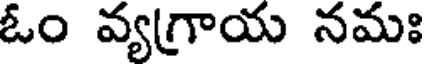
ఓం వ్యగ్రాయ నమః